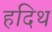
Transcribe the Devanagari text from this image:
हदिथ